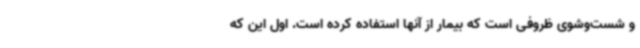
و شست‌وشوی ظروفی است که بیمار از آنها استفاده کرده است. اول این که